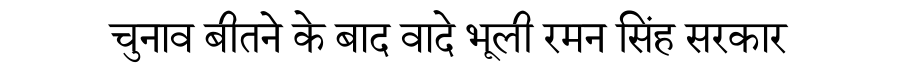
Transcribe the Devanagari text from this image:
चुनाव बीतने के बाद वादे भूली रमन सिंह सरकार